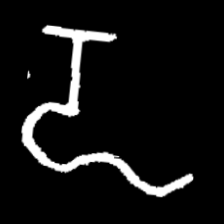
Pyu character \u2014 Myanmar letter: ဍ (romanized: dda)